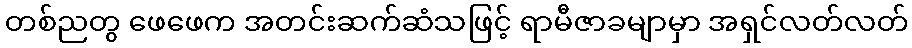
တစ်ညတွ ဖေဖေက အတင်းဆက်ဆံသဖြင့် ရာမီဇာခမျာမှာ အရှင်လတ်လတ်